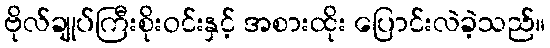
ဗိုလ်ချုပ်ကြီးစိုးဝင်းနှင့် အစားထိုး ပြောင်းလဲခဲ့သည်။